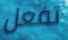
تفعل